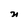
Character: n